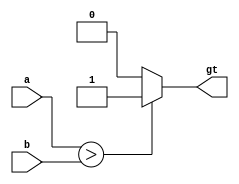
module comparator_gt(
  input  wire [3:0] a,
  input  wire [3:0] b,
  output wire gt
);
  assign gt = (a > b) ? 1'b1 : 1'b0;
endmodule

module mux4 #(parameter WIDTH = 32) (
  input wire [1:0] sel,
  input wire [WIDTH-1:0] a,
  input wire [WIDTH-1:0] b,
  input wire [WIDTH-1:0] c,
  input wire [WIDTH-1:0] d,
  output reg [WIDTH-1:0] y
);
always @ (*)
begin
  case(sel)
    2'b00: y = a;
    2'b01: y = b;
    2'b10: y = c;
    default: y = d;
  endcase
end
endmodule

module mux5 #(parameter WIDTH = 32) (
  input wire [2:0] sel,
  input wire [WIDTH-1:0] a,
  input wire [WIDTH-1:0] b,
  input wire [WIDTH-1:0] c,
  input wire [WIDTH-1:0] d,
  input wire [WIDTH-1:0] e,
  output reg [WIDTH-1:0] y
);
always @ (*)
begin
  case(sel)
    3'b000: y = a;
    3'b001: y = b;
    3'b010: y = c;
    3'b011: y = d;
    3'b100: y = e;
    default: y = 3'bXXX;
  endcase
end
endmodule

module multiplier_async (
    input  wire [31:0] A,
    input  wire [31:0] B,
    output wire [63:0] Y
);
    assign Y = A * B;
endmodule

module and_2_1 #(parameter w = 32)(
  input [w-1:0] in0, in1,
  output out
);
  assign out = in0 & in1;
endmodule

module dreg_enx # (parameter WIDTH = 32) (
  input wire clk,
  input wire rst,
  input wire enx,
  input wire [WIDTH-1:0] d,
  output reg [WIDTH-1:0] q
);
  always @ (posedge clk, posedge rst) begin
    if (rst) q <= 0;
    else if (enx) q <= q;
    else
    q <= d;
  end
endmodule

module dreg_en # (parameter WIDTH = 32) (
  input wire clk,
  input wire rst,
  input wire en,
  input wire [WIDTH-1:0] d,
  output reg [WIDTH-1:0] q
);
  always @ (posedge clk, posedge rst) begin
    if (rst) q <= 0;
    else if (en) q <= d;
    else q <= q;
  end
endmodule

module ff(
  input wire clk,
  input wire rst, 
  input wire en,
  output reg q
);
always @ (posedge clk, posedge rst)
  if (rst) q <= 1'b0;
  else if (en) q <= 1'b1;
  else q <= 1'b0;
endmodule

module ffx(
  input wire clk,
  input wire rst, 
  input wire en,
  output reg q
);
always @ (negedge clk, posedge clk)
  if (rst) q <= 1'b0;
  else if (en) q <= 1'b1;
  else q <= 1'b0;
endmodule

module dreg_clr # (parameter WIDTH = 32) (
  input wire clk,
  input wire rst,
  input wire clr,
  input wire [WIDTH-1:0] d,
  output reg [WIDTH-1:0] q
);
  always @ (posedge clk, posedge rst) begin
    if (rst)
    q <= 0;
    else if (clr) q <= 0;
    else
    q <= d;
  end
endmodule

module sr_reg(
  input set, rst, clk,
  output reg q
);
always @ (posedge clk, posedge rst)
  if (rst) q <= 1'b0;
  else if (set) q <= 1'b1;
  else q <= q;
endmodule



module UD_CNT_P(
  input  wire [3:0] D,
  input  wire       LD,
  input  wire       UD,
  input  wire       CE,
  input  wire       CLK,
  input  wire       RST,
  output reg  [3:0] Q
);
//  initial begin Q <= 4'b0; end
  always @ (posedge CLK, posedge RST) begin
         if  (RST)      Q <= 4'b0;
    else if  (LD & CE)  Q <= D;
    else if  (UD & CE)  Q <= Q + 1;
    else if (~UD & CE)  Q <= Q - 1;
    else                Q <= Q;
  end
endmodule